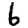
Digit: 6